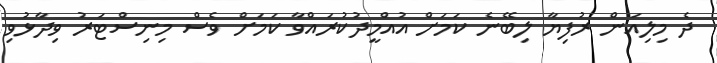
ދެ މިލިއަން ރުފިޔާ ލިބޭނެ ކަމަށް އުއްމީދުކުރައްވާ ކަމަށް ވެސް މިނިސްޓަރު ވިދާޅުވި